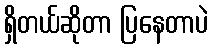
ရှိတယ်ဆိုတာ ပြနေတာပဲ